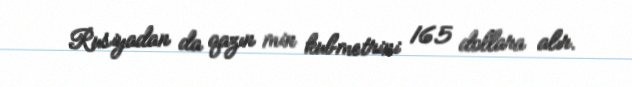
Rusiyadan da qazın min kubmetrini 165 dollara alır.